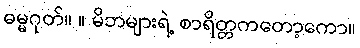
ဓမ္မဂုတ်။ ။ မိဘများရဲ့ စာရိတ္တကတော့ကော။